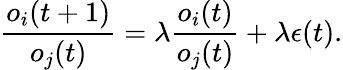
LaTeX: \frac{o_{i}(t+1)}{o_{j}(t)}=\lambda\frac{o_{i}(t)}{o_{j}(t)}+\lambda\epsilon(t).